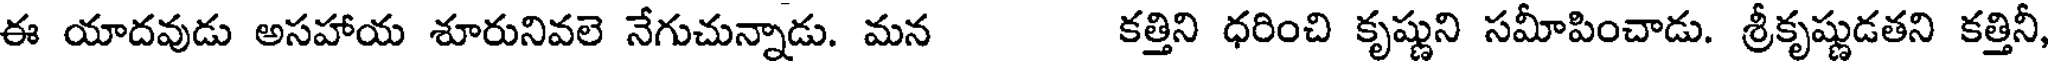
ఈ యాదవుడు అసహాయ శూరునివలె నేగుచున్నాడు. మన కత్తిని ధరించి కృష్ణుని సమీపించాడు. శ్రీకృష్ణుడతని కత్తినీ